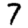
Digit: 7